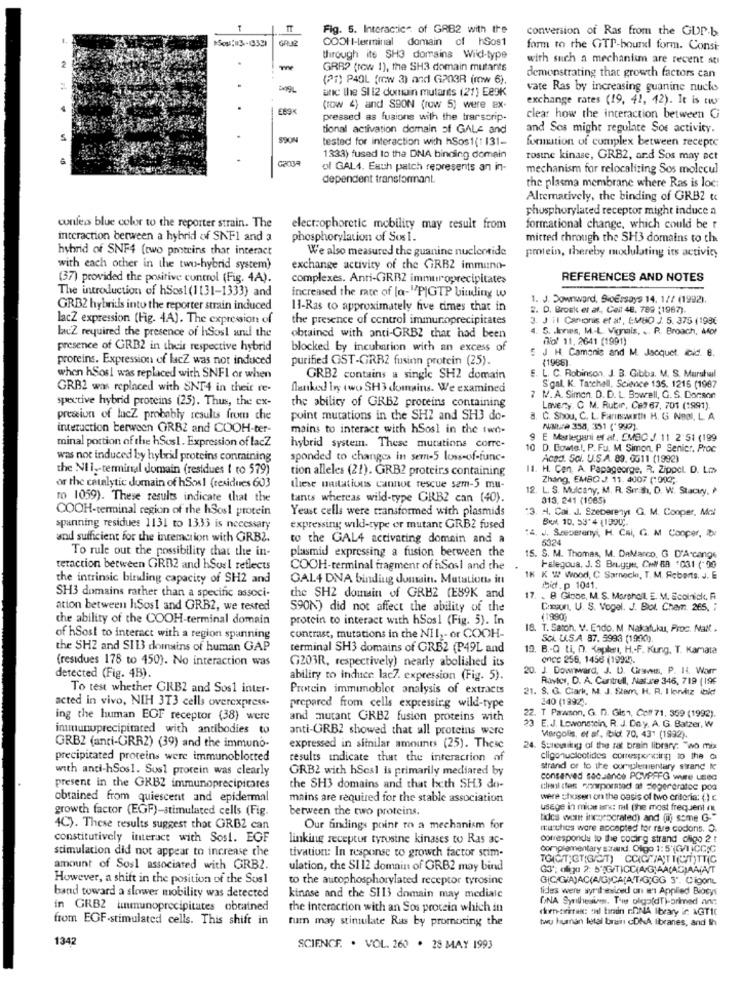
Fig. 5. Interactice of GAB2 with the
conversion of Ras from the GUP-b
COOH I-terminal domain of hSos1
form to the GTP-bound form. Consi-
through its SH3 domains Wild-type
with such a mechanism are recent so
GRR? (row 1), the SH3 domain mutants
(21) P40L (row 3) and G203R (mw 6)
demonstrating that growth factors can
and the SI 12 domain mutants (21) Ee9k
vate Ras by increasing guanine nucks
exchange rates (19, 42, 42). It is tw
E89%
(row 4) and SSON (row 5) were ex-
pressed as fusions with the trarscrip.
clear how the interaction between G
tional activation domain of GALE and
and Sos might regulate Sos activity.
.
SOON
tested for interaction with hSos1(1131-
formation of complex between recepte
1333) fused to the DNA binding domain
rosine kinase, GRB2, and Sos may act
of GAL4. Each patch represents an in-
mechanism for relocalizing Sos molecul
dependent transformant.
the plasma membrane where Ras is loc:
Alternatively, the binding of GRB2 tc
phosphorylated receptor might induce a
confers blue color to the reporter strain. The
electrophoretic mobility may result from
formational change, which could be r
interaction between a hybrid of SNF1 and a
phosphorylation of Sos 1.
mitted through the SH3 domains to the
hybrid of SNF4 (two proteins that interact
We also measured the guanine nucleotide
protein, thereby nuxlulating its activity
with each other in the two-hybrid system)
exchange activity of the GRBZ immuno-
(37) provided the positive control (Fig. 4A).
complexes. Anti-GRBZ immuroprecipitates
REFERENCES AND NOTES
The introduction of hSos1 (1131-1333) and
increased the rate of [a-"PIGTP binding w
1. J. Downward, SioEssays 14, 1// (1992).
GRB2 hybrids into the reporter strain induced
11-Ras to approximately five times that in
2. D. Brosk et al ., Ceil 48. 789 (1967).
lacZ expression (Fig. 4A). The expression of
the presence of control immunoprecipitates
3. J Hl Canonis et al, EMBO J. 5. 375 (198€
lacZ required the presence of hSosl and the
5. . loves, M .- L. Vignais. .. R. Broach, Mor
obtained with anti-GRB2 that had been
(No! 11. 2641 (1991)
presence of GRB2 in their respective hybrid
blocked by incubation with an excess of
proteins. Expression of lacZ was not induced
purified GST-GRB2 fusinn protein (25).
5 J H. Comonic and M. Jacques cid. 8.
(1968)
when hSos! was replaced with SNFI or when
GRB2 contains a single SH2 domain
E. L. C. Robinson. J. B. Gibba. M. S. Marshal
GRB2 was replaced with SNT4 in their re-
flanked by two SH3 domains. We examined
S'gal. K. Tatchell, Science 135. 1215 (1967
spective hybrid proteins (25). Thus, the ex-
N. A. Simon. D. D. L. Sowell, G. S. Conson
the ability of GRBZ proteins containing
Lavery. C. M. Rubir, Cs3 67, 701 (1991).
presion of lucZ probably results from che
point mutations in the SH2 and SH3 do-
8. C. Shou, C. L. Farinawathe H. G Noal, L. A
interaction berween GRBZ and COOH-ter-
mains to interact with hSosl in the two-
NINUra 354, 351 ("999).
9 E Marlegani et al. CMBC J. 11 2'51 (199
minal portion of the hSos1. Expression of lacZ
hybrid system. These mutations corre-
10 D. Bowle .!, P. Fu. M Simon, P Senicr. Proc
was not induced by hybrid proteins conmining
sponded to changes in sem-5 loss-of-func-
Acad. Sol. U.S.A. 89. 0611 (1992)
the NII -- terminal domain (residues 1 to 579)
tion alleles (21). GRB2 proteirs containing
11. H. Cen. A. Papageorge, R. Zippcl. D. Lm
or the catalytic domain of hSos! (residues 603
Zhang, EMBO J. 11. 4007 (1013;
these mutations cannot rescue sem-5 mu-
12
L. S. Mulcany, M. R. Smrah, D. W. Stacey. /
ro 1059). These results indicate that the
tants whereas wild-type GRBZ can (40).
313, 241 (1985)
COOH-terminal region of the hSos1 protein
Yeast cells were transformed with plasmids
"3. H. Cal. J. Szecerenyt Q. M. Cooper, Mal
BUY. 10. 53'4 (1990 ;.
spanning residues 1131 to 1333 is necessary
expressing wild-type er mutant GRB2 fused
:4. J. Szeperenyi, H. Cai, G. M Cooper, ibr
and sufficient for the interaction with GRBZ.
to the GAL4 activating domein and a
5324
To rule out the possibility that the in-
plasmid expressing a fusion between the
15. S. M. Thomas, M. DaMarco. G D'A-canos
teraction between GRB2 and hSuel reflects
COOH-terminal fragment of hSosi and the
Falegoua, J. S Brugge, Coll 89 +031 (- 90
the intrinsic biruling capacity of SH2 and
GAL4 DNA binding domain. Mutation itt
IK K W wood, C Sarnecki, T. M. Roberts, J. E
bid.p 1041.
SH3 domains rather than a specific associ-
the SH2 domain of GRBZ (E89K and
17. . B Globe, M. S. Marshall E. M. Ecolnick, A
ation between hSos1 and GRB2, we tested
590N) did not affect the ability of the
Coxon, U. S. Vogel. J. Biol. Chem. 265, ;
the ability of the COOH-terminal domain
protein to interact with hSos1 (Fig. 5). In
(1990)
18. T. Satoh. V. Endo. M Nakafuku, Proc. Mail .
of hSost to interact with a region spanning
contrast, mutations in the NII ,- or COOH-
Sci. U.S.A 87. 5993 (1990).
the SH2 and SIB3 domains of human GAP
terminal SH3 domains of GRB2 (P49L and
19. B .- Q Li, D. Kaplan, H .- F. Kung, T. Kamata
(residues 178 to 450). No interaction was
once 256, 1458 (1992).
G203R, respectively) nearly abolished its
20. J. Downward, J. U. Graves, P. 14. Warr
detected (Fig. 4B).
ability to induce lac7. expression (Fig. 5).
Ravicy, D. A. Cuntrull, Nature 346, 719 (196
To test whether GRBZ and Sos1 inter-
Protein immumoblot analysis of extracts
21. S. G. Clark, M. J. Stem, H. R. I konvitz ible!
acted in vivo, NIH 3T3 cells overexpress-
240 (1992).
prepared from cells expressing wild-type
ing the human EOF receptor (38) were
and mutant GRBZ fusion proteins with
22. T Pawson, G. n. Gis", Coff 71, 359 (1992).
immunuprecipitated with antibodies to
anti-GRB2 showed that all proteins were
E.J. Lowonstein, R. J. Day, A. G. Batzer, W
Margolis, et af, bid 70. 43" (1932).
GRBZ (anti-GRR2) (39) and the immuno-
expressed in sitnilar amounts (25). These
24. Suresikig of the rat brain library: "wo mix
precipitated proteins were immunoblotted
results indicate that the interaction of
cligonucleotides corresponding to the c
with anti-hSos1. Sus1 protein was clearly
GRB2 with hSesl is primarily mediated by
strand or to the complementary strand Ic
conserved sacsance PCVPFFG wure useC
present in the GKB2 immunoprecipitares
the SH3 domains and that beth SH3 do-
cleanl fen Goorporstod af Segereratec poa
obtained from quiescent and epidermal
mains are required for the stable association
were chosen on the oasis of two criteria: () c
growth factor (EGF)-stimulated cells (Fig.
between the two proteins.
usege in mice arc: mil (the most frequent n
tides wont incrocrated) and (uj some G."
4C). These results suggest that GRB2 can
Our findings point to a mechanism for
Itu thes were accepted tor rare codons. O
constitutively interact with Sos !. EGF
linking receptur tyrosine kinases to Ras ac-
corresponde to the cocirg strand chigo 2 t
stimulation did not appear to increase che
tivation: In response to growth factor stim-
Complementary strand. Oligo 1: 5'(G/I)CC;G
TO(CIT; GTIG/CT) CCICHIANTI(CT)TT(C
amount of Sosl associated with GRB2.
ulation, che SI 12 domain of GRB2 may bind
GJ"; clips 2. 5'IGITICC(AG)AA(AC)AAIA/T
However, a shift in the position of the Susl
to the aucophosphorylated receptor tyrosine
GICIGIAJAC(A/G)CA¡A'TIG;GG 3". Cigonu
lides were syri esiced un mi Applied Biocys
band toward a slower mobility was detected
kinase and che SI13 domain may mediale
in GRB2 kinmunoprecipitates obtained
the interaction with an Sos protein which in
chien-torictus: sul tarain rDNA Ibrary ir AGTIC
from EOF-stimulated cells. This shift in
turn may stimulate Ras by promoting the
twu human letal brain GDAA Ibranes, and Ih
134
SCIENCE. . VOL. 260 . 28 MAY 1993